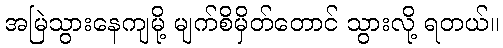
အမြဲသွားနေကျမို့ မျက်စိမှိတ်တောင် သွားလို့ ရတယ်။